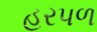
હરપળ